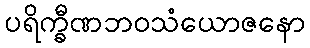
ပရိက္ခီဏဘဝသံယောဇနော